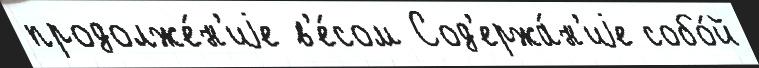
продолже́н'иjе в'е́сом Сод'ержа́н'иjе собо́й